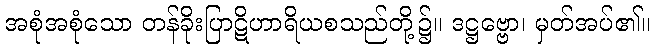
အစုံအစုံသော တန်ခိုးပြာဋိဟာရိယစသည်တို့၌။ ဒဋ္ဌဗ္ဗော၊ မှတ်အပ်၏။